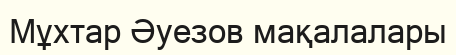
Мұхтар Әуезов мақалалары